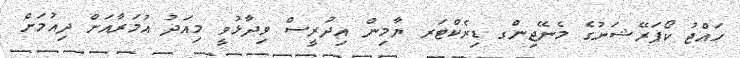
ހައްޖު ކޯޕަރޭޝަނުގެ މެނޭޖިންގ ޑިރެކްޓަރ ޔާމިން އިދުރީސް ވިދާޅުވީ މިއަދު އުމަރާއަށް ދިއުމަށް